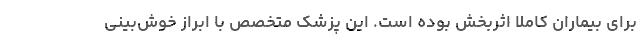
برای بیماران کاملاً اثربخش بوده است. این پزشک متخصص با ابراز خوش‌بینی